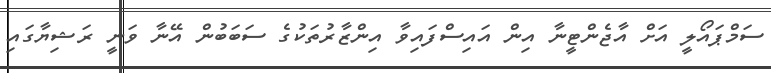
ސަމްޕައޯލީ އަށް އާޖެންޓީނާ އިން އައިސްފައިވާ އިންޒާރުތަކުގެ ސަބަބުން އޭނާ ވަނީ ރަޝިޔާގައި